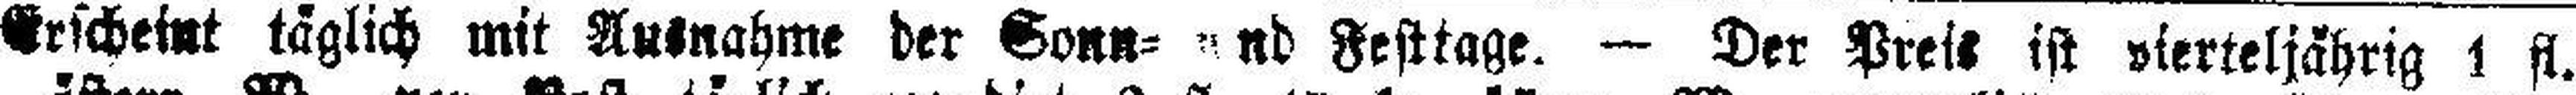
Erscheint täglich mit Ausnahme der Sonn= und Festtage. — Der Preis ist vierteljährig 1 fl.